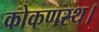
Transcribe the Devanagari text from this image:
कोकणस्थ।